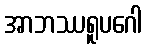
အာဘဿရူပဂေါ